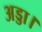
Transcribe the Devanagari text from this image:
अड्डा।